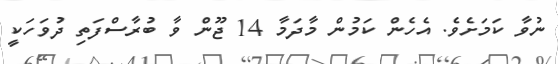
ނުވާ ކަމަށެވެ. އެހެން ކަމުން މާދަމާ 14 ޖޫން ވާ ބުރާސްފަތި ދުވަހަކީ